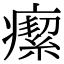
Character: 𤺚